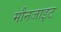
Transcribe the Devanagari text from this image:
मौनजाइट